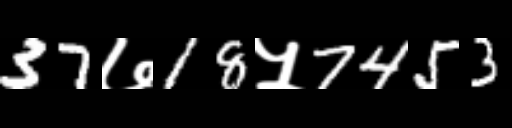
Text: 37७18५7453